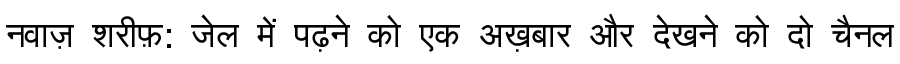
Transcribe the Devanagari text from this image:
नवाज़ शरीफ़: जेल में पढ़ने को एक अख़बार और देखने को दो चैनल